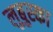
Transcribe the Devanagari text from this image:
लुबुस्का